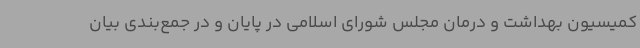
کمیسیون بهداشت و درمان مجلس شورای اسلامی در پایان و در جمع‌بندی بیان